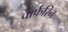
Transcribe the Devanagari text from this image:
वार्फरिन